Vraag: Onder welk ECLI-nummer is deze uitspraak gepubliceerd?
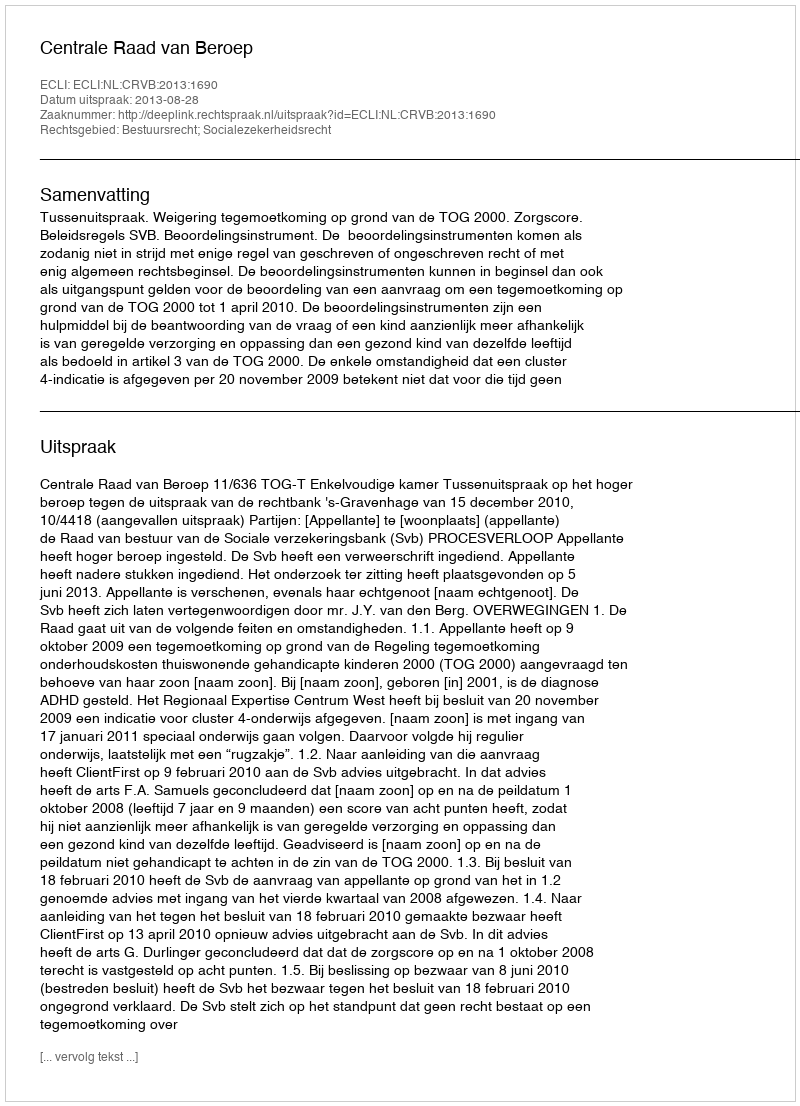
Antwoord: ECLI:NL:CRVB:2013:1690